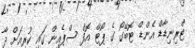
ޓްރިނިޑާޑް އެންޑް ޓޮބޭގޯ ގެ ޕޯޓް އޮފް ސްޕެއިން ގައި ކުރިއަށް ދާ